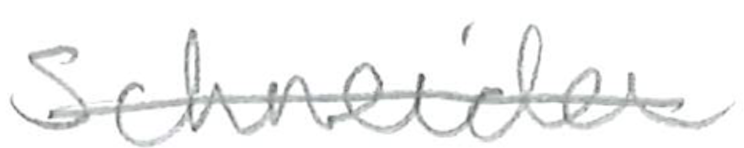
Text: Schneider
Cross-out: single-line
Writing tool: pencil